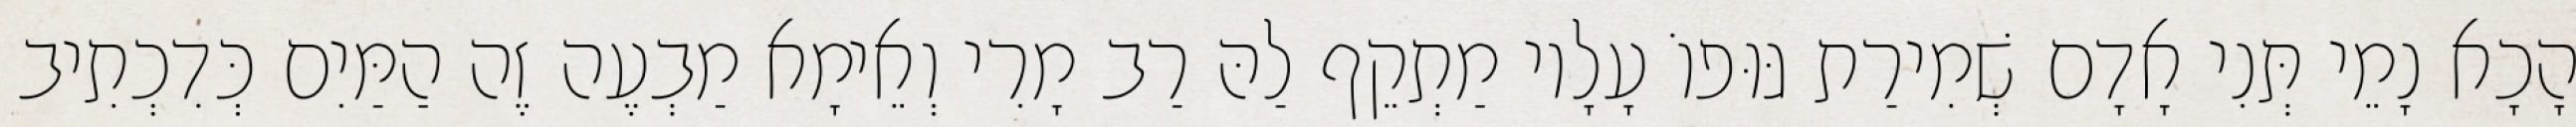
הָכָא נָמֵי תְּנִי אָדָם שְׁמִירַת גּוּפוֹ עָלָיו מַתְקֵף לַהּ רַב מָרִי וְאֵימָא מַבְעֶה זֶה הַמַּיִם כְּדִכְתִיב